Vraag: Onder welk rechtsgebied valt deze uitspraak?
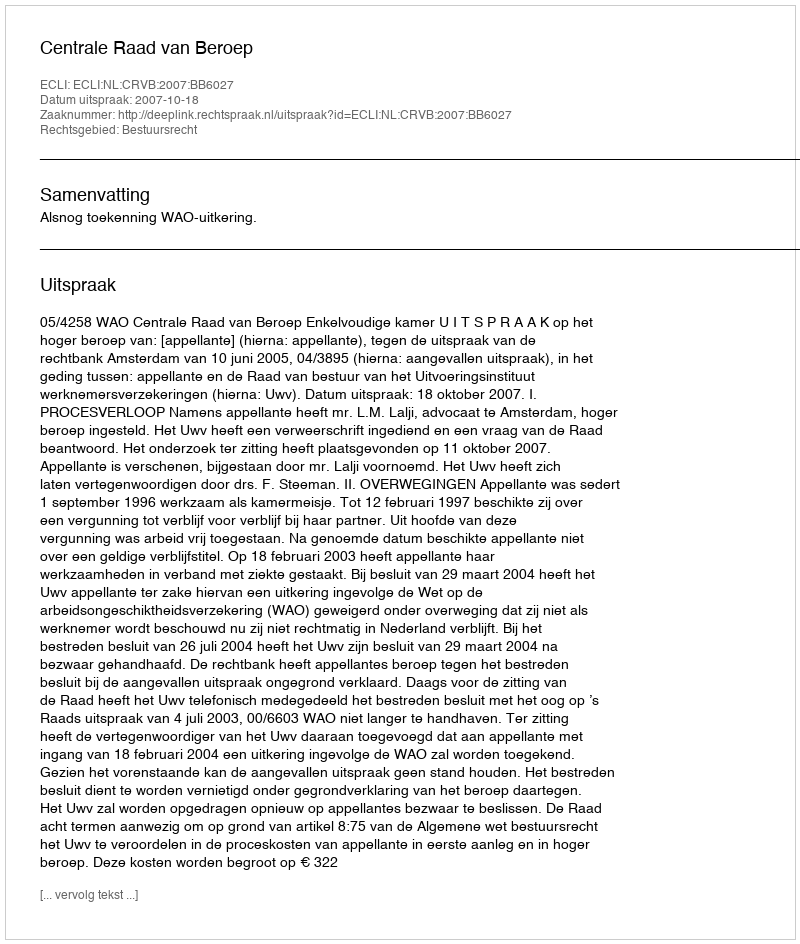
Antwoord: Bestuursrecht